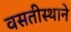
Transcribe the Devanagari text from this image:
वसतीस्थाने